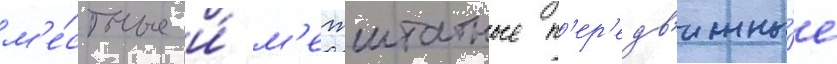
м'е́стные и́ м'ежштатные п'ер'едв'ижны́е